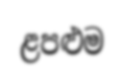
ළපළුම